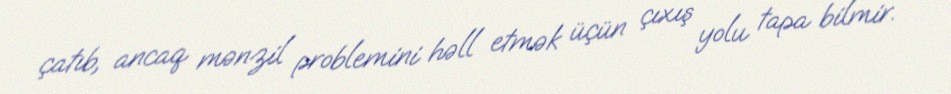
çatıb, ancaq mənzil problemini həll etmək üçün çıxış yolu tapa bilmir.